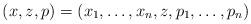
LaTeX: \begin{gather*}(x, z, p) = (x_1, \dots, x_n, z, p_1, \dots, p_n)\end{gather*}